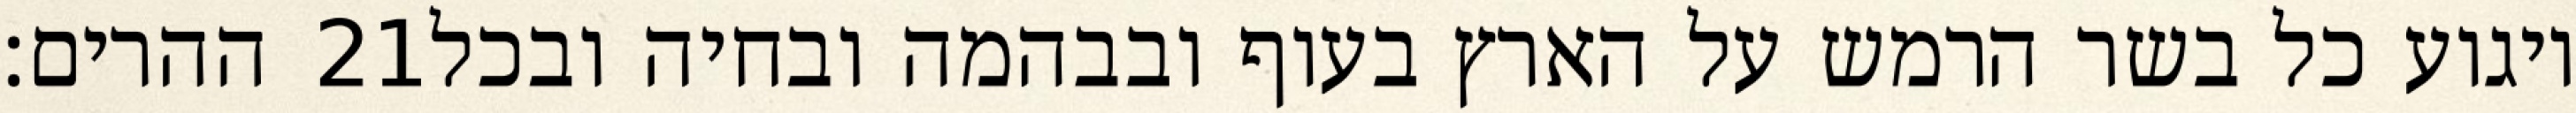
ההרים׃ ‎21‏ ויגוע כל בשר הרמש על הארץ בעוף ובבהמה ובחיה ובכל